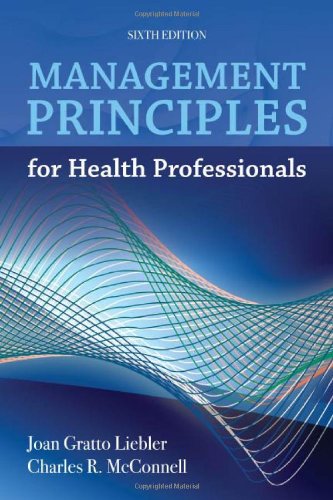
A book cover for Management Principles For Health Professionals; Joan Gratto Liebler; Medical Books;